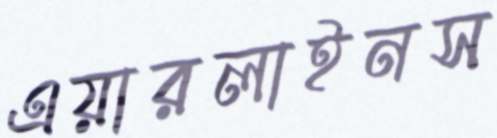
এয়ারলাইনস